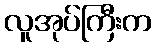
လူအုပ်ကြီးက